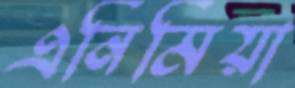
এনিমিয়া